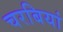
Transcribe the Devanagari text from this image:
चरबियां